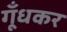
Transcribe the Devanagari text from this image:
गूँधकर